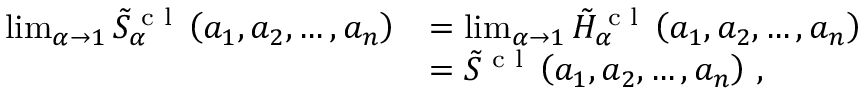
\begin{array} { r l } { \operatorname* { l i m } _ { \alpha \to 1 } \tilde { S } _ { \alpha } ^ { \textrm { c l } } \left( a _ { 1 } , a _ { 2 } , \dots , a _ { n } \right) } & { = \operatorname* { l i m } _ { \alpha \to 1 } \tilde { H } _ { \alpha } ^ { \textrm { c l } } \left( a _ { 1 } , a _ { 2 } , \dots , a _ { n } \right) } \\ & { = \tilde { S } ^ { \textrm { c l } } \left( a _ { 1 } , a _ { 2 } , \dots , a _ { n } \right) \, , } \end{array}